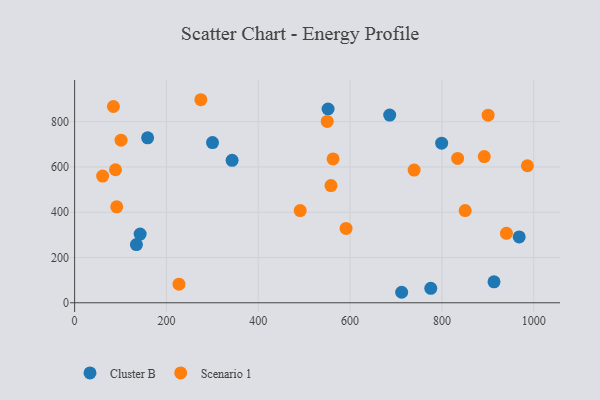
{"axis": {"x": "Investment", "y": "Demand"}, "legend": ["Cluster B", "Scenario 1"], "data": [{"x": "799.4", "y": 705.0, "type": "Cluster B"}, {"x": "343.0", "y": 629.4, "type": "Cluster B"}, {"x": "712.3", "y": 46.4, "type": "Cluster B"}, {"x": "913.4", "y": 92.7, "type": "Cluster B"}, {"x": "134.6", "y": 257.1, "type": "Cluster B"}, {"x": "159.0", "y": 728.7, "type": "Cluster B"}, {"x": "300.3", "y": 707.7, "type": "Cluster B"}, {"x": "142.7", "y": 303.5, "type": "Cluster B"}, {"x": "775.7", "y": 63.7, "type": "Cluster B"}, {"x": "552.0", "y": 856.2, "type": "Cluster B"}, {"x": "968.3", "y": 290.9, "type": "Cluster B"}, {"x": "686.2", "y": 829.2, "type": "Cluster B"}, {"x": "591.2", "y": 328.5, "type": "Scenario 1"}, {"x": "850.6", "y": 407.4, "type": "Scenario 1"}, {"x": "101.1", "y": 718.6, "type": "Scenario 1"}, {"x": "227.3", "y": 82.1, "type": "Scenario 1"}, {"x": "834.2", "y": 637.9, "type": "Scenario 1"}, {"x": "739.4", "y": 586.2, "type": "Scenario 1"}, {"x": "274.9", "y": 897.2, "type": "Scenario 1"}, {"x": "986.1", "y": 605.5, "type": "Scenario 1"}, {"x": "550.1", "y": 801.4, "type": "Scenario 1"}, {"x": "61.0", "y": 560.0, "type": "Scenario 1"}, {"x": "900.6", "y": 828.9, "type": "Scenario 1"}, {"x": "940.5", "y": 306.8, "type": "Scenario 1"}, {"x": "84.5", "y": 867.3, "type": "Scenario 1"}, {"x": "558.3", "y": 517.7, "type": "Scenario 1"}, {"x": "91.7", "y": 424.0, "type": "Scenario 1"}, {"x": "562.9", "y": 635.8, "type": "Scenario 1"}, {"x": "491.3", "y": 407.4, "type": "Scenario 1"}, {"x": "89.0", "y": 587.7, "type": "Scenario 1"}, {"x": "892.2", "y": 645.9, "type": "Scenario 1"}]}